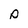
Character: p